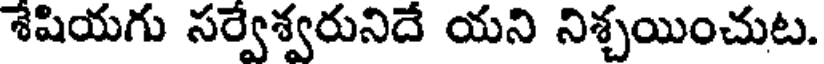
శేషియగు సర్వేశ్వరునిదే యని నిశ్చయించుట.